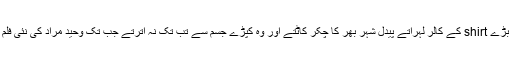
شانوں پر سرگودھا کے دنبوں کے کانوں سے بڑے shirt کے کالر لہراتے پیدل شہر بھر کا چکر کاٹتے اور وہ کپڑے جسم سے تب تک نہ اترتے جب تک وحید مراد کی نئی فلم نہ آجاتی یا عوام الناس بھپتیاں نہ کسنے لگتے۔